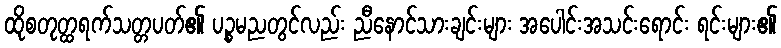
ထိုစတုတ္ထရက်သတ္တပတ်၏ ပဉ္စမညတွင်လည်း ညီနောင်သားချင်းများ အပေါင်းအသင်းရောင်း ရင်းများ၏